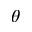
\theta